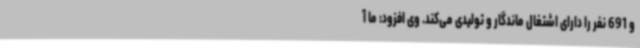
و 691 نفر را دارای اشتغال ماندگار و تولیدی می‌کند. وی افزود: ما آ